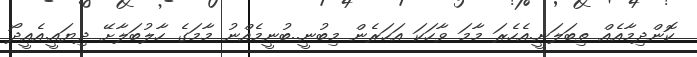
ކޮންދިމާއެއް ތިބަލަނީ.އެހެރަ މާމަ ވާހަކަ އަހަރެން މިބުނީ..ބުނީމެއްނު މާމަގެ ހާލުބަލާށޭ ދިޔައީ.އެއީދޯ